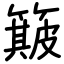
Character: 簸